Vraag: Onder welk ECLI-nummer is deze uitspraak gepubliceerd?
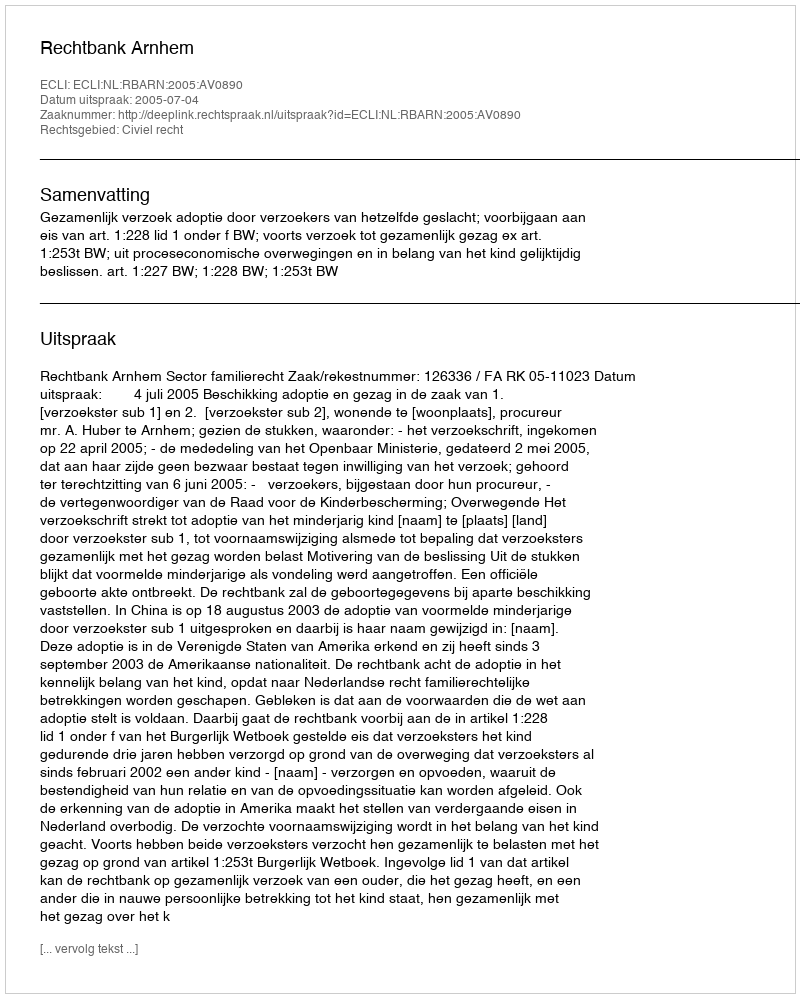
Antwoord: ECLI:NL:RBARN:2005:AV0890